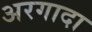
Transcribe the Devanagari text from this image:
अरगादा